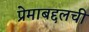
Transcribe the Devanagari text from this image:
प्रेमाबद्दलची